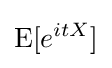
\operatorname {E} [e^{itX}]